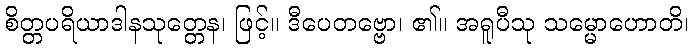
စိတ္တပရိယာဒါနသုတ္တေန၊ ဖြင့်။ ဒီပေတဗ္ဗော၊ ၏။ အရူပီသု သမ္မောဟောတိ၊